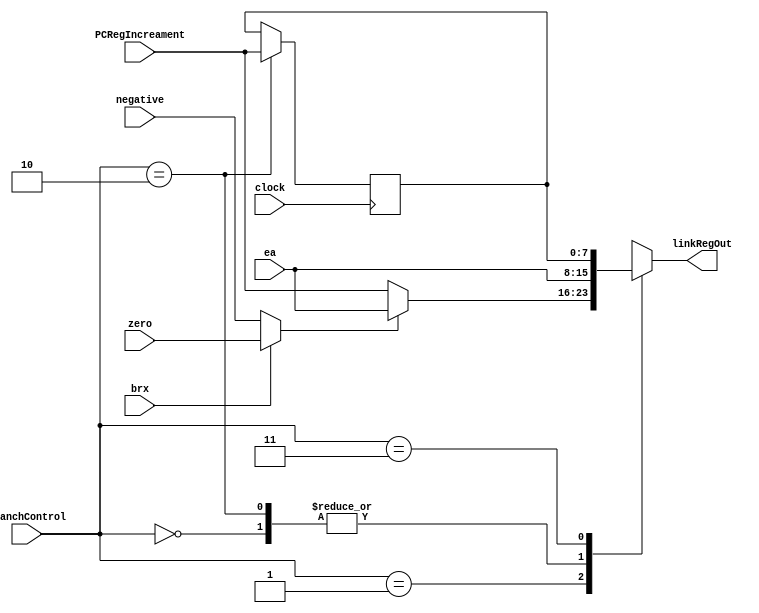
/*
	LINKREGISTER.V

	CONTRIBUTION: AIDAN, SEAN, FATIMA

*/
module LinkRegister(
	clock,
	ea,
	PCRegIncreament,
	branchControl,
	brx,
	zero,
	negative,
	linkRegOut);
	
	input 				clock;
	input [7:0]			ea;
	input [7:0] 		PCRegIncreament;
	input [1:0]			branchControl;
	input					brx;
	input					zero;
	input					negative;
	
	output reg [7:0]	linkRegOut;
	
	reg [7:0]			linkReg;
	
	//BRANCH COMPARE MUX
	wire compare;
	assign compare = (brx) ? zero : negative;
	
	
	always@(*) begin
	
		case(branchControl)
		
			2'b00:  //BR
				begin
				
					linkRegOut = ea;
					
				end
				
			2'b01:  //BR.C
				begin
				
					if (compare) begin
					
						linkRegOut = ea;
					
					end
					else begin
					
						linkRegOut = PCRegIncreament;
					
					end
				
				end
			
			2'b10:  //BR.SUB
				begin
				
					linkRegOut = ea;
				
				end
			
			2'b11:
				begin
				
					linkRegOut = linkReg;
					
				
				end
		endcase	
	end
	
	always@(posedge clock) begin
	
		case(branchControl)
			2'b10:  //BR.SUB
				begin
				
					linkReg = PCRegIncreament;
				
				end
		endcase	
	end

endmodule